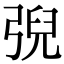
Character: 𢏱